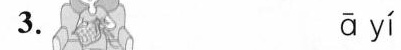
3. ā yí